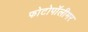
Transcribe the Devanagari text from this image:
फोटोपॉलीमर